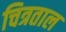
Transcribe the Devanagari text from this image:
चित्रताल